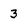
Character: 3